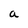
Character: a